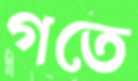
গতে